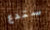
ستدع